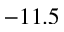
- 1 1 . 5